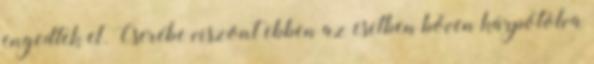
engedtek el. Cserébe viszont ebben az esetben bőven kárpótolva